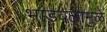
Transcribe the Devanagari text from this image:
भांडवलामुळे